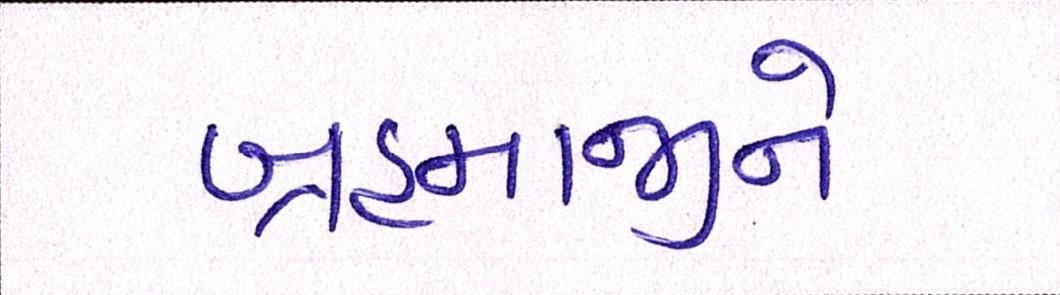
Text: બ્રહ્માજીને